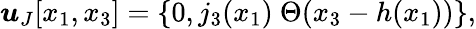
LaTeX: \boldsymbol{u}_{J}[x_{1},x_{3}]=\{ 0,j_{3}(x_{1})\ \Theta(x_{3}-h(x_{1}))\} ,